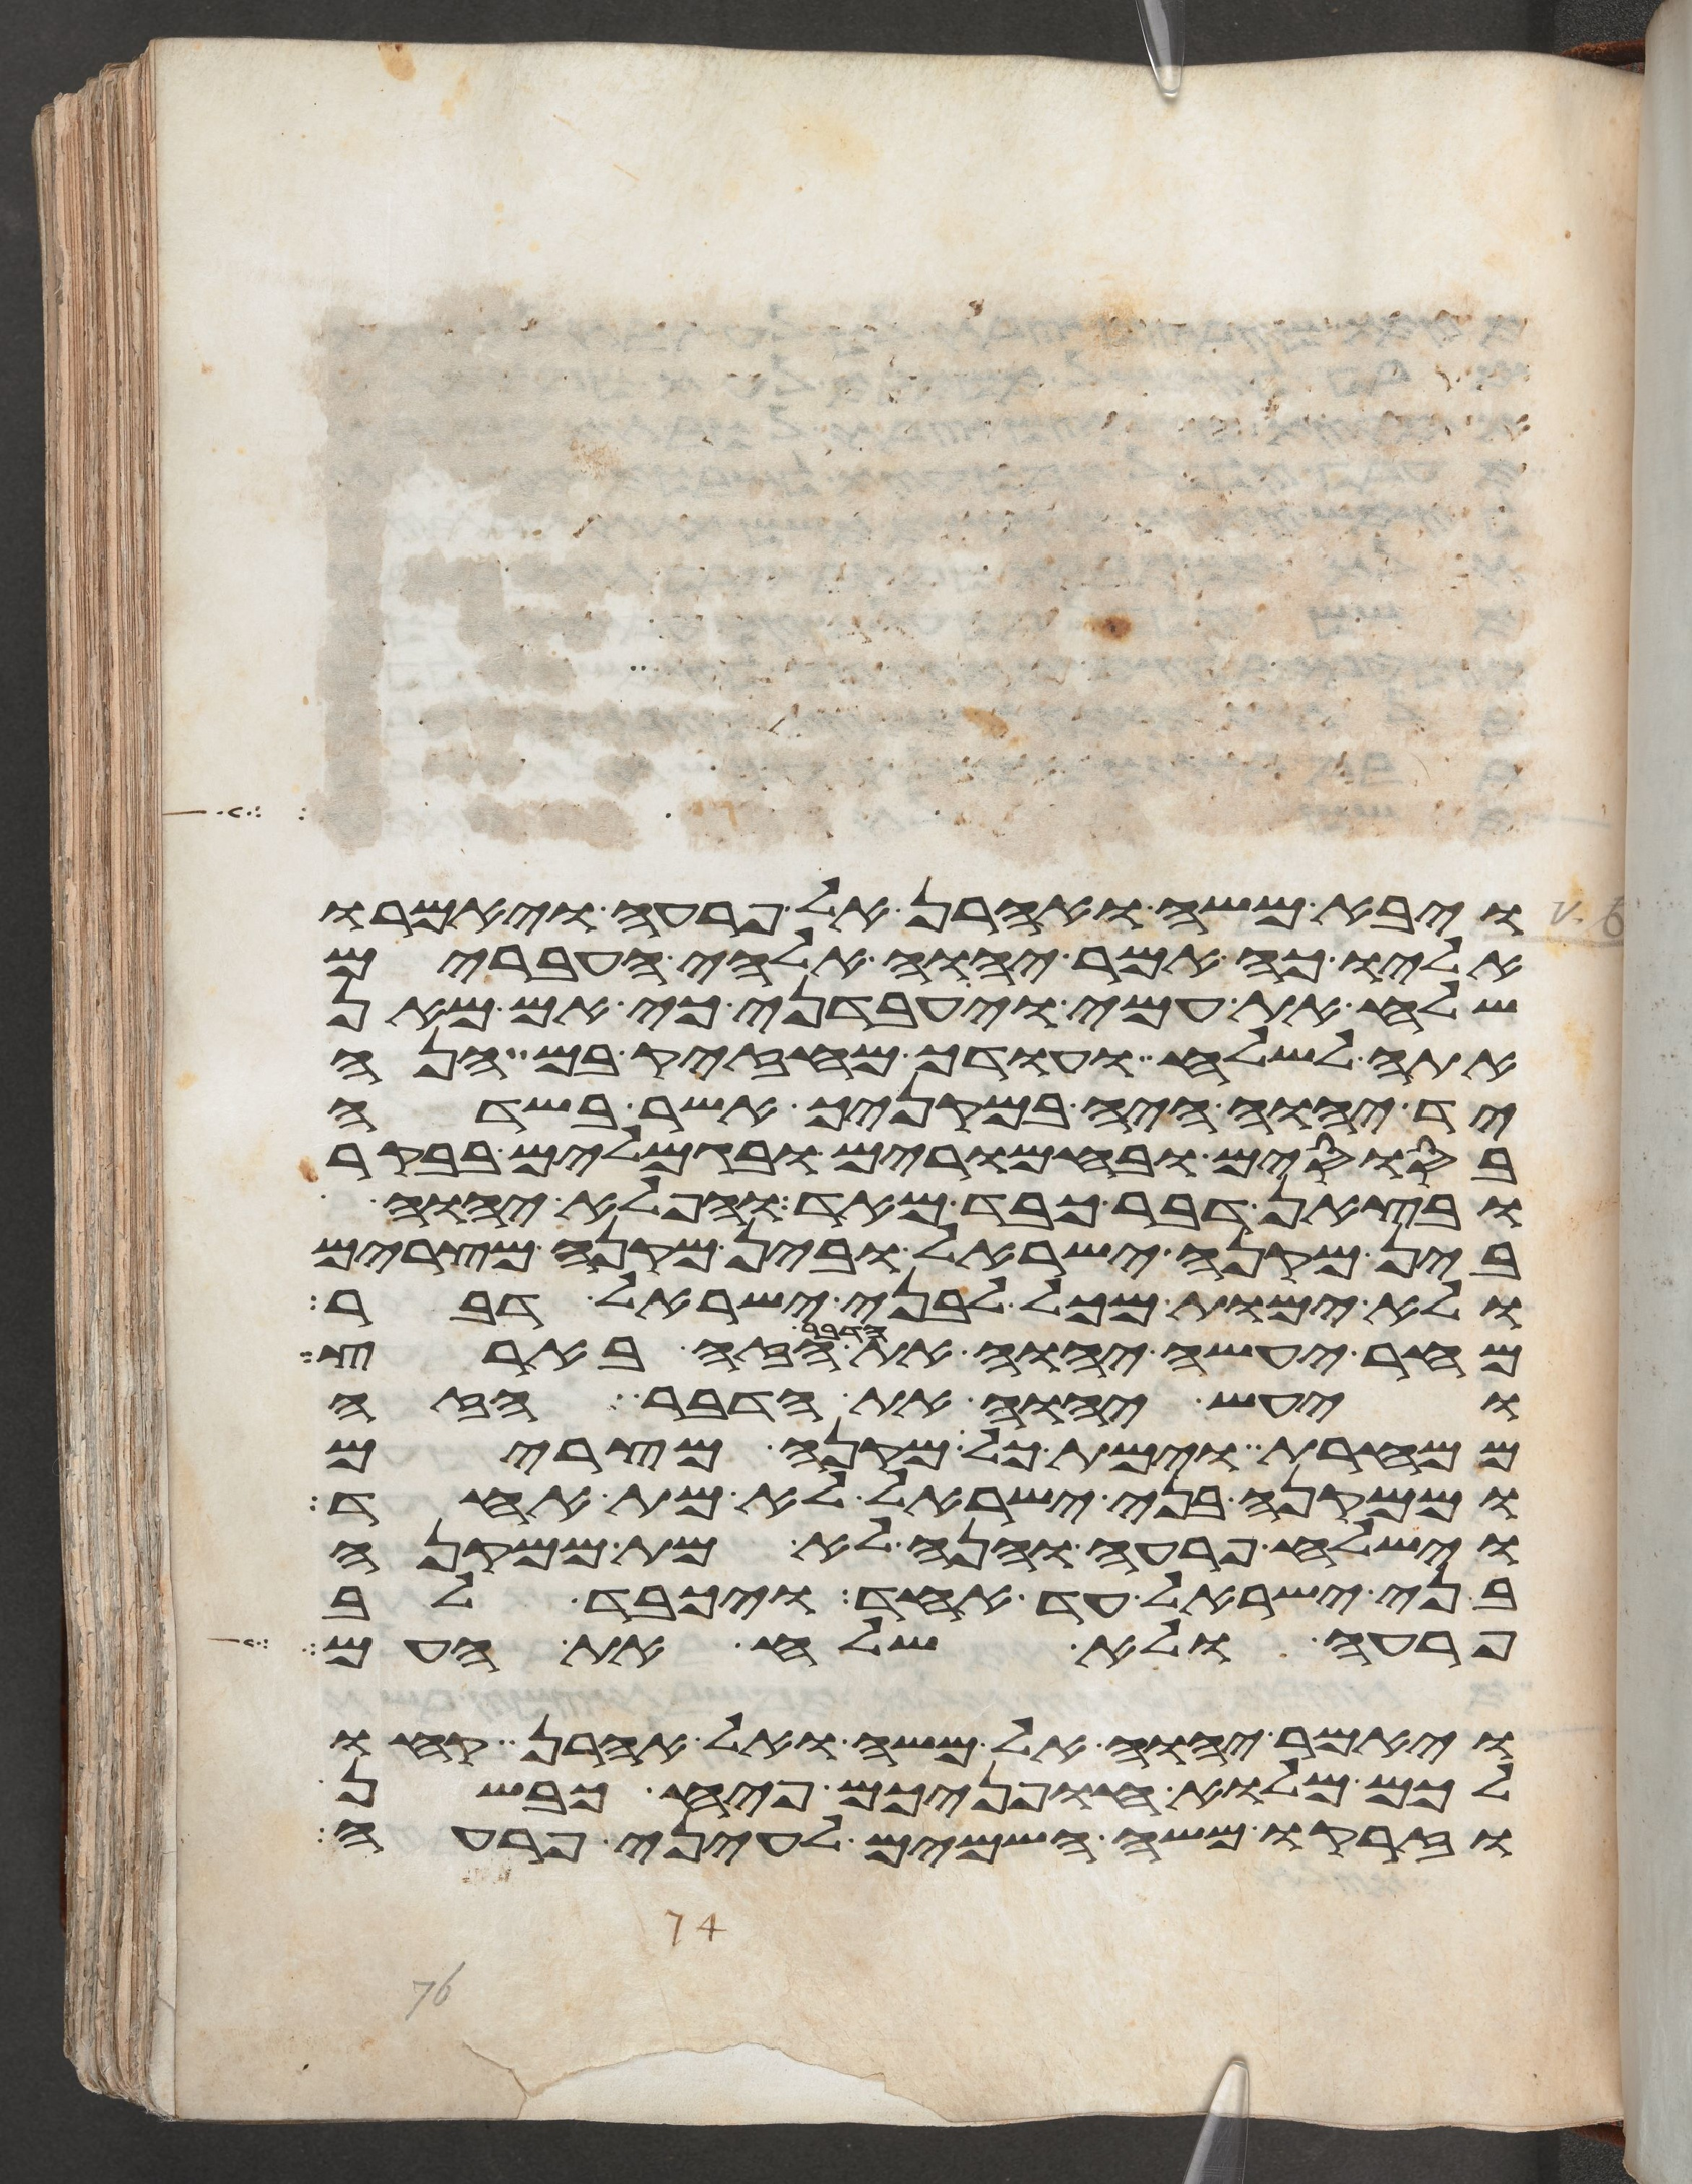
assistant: ויבא משה ואהרן אל פרעה ויאמרו
אליו כה אמר יהוה אלהי העברים
שלח את עמי ויעבדני כי אם מאן
אתה לשלח ועודך מחזק בם הנה
יד יהוה היה במקניך אשר בשדה
בסוסים ובחמרים ובגמלים בבקר
ובצאן דבר כבד מאד והפלא יהוה
בין מקנה ישראל ובין מקנה מצרים
ולא ימות מכל לבני ישראל דבר
מחר יעשה יהוה את הדבר הזה בארץ
ויעש יהוה את הדבר הזה
ממחרת וימת כל מקנה מצרים
וממקנה בני ישראל לא מת אחד
וישלח פרעה והנה לא מת ממקנה
בני ישראל עד אחד ויכבד לב
פרעה ולא שלח את העם
ויאמר יהוה אל משה ואל אהרן קחו
לכם מלוא חפניכם פיח כבשן
וזרקו משה השמים לעיני פרעה